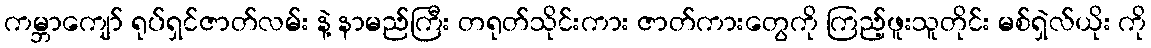
ကမ္ဘာကျော် ရုပ်ရှင်ဇာတ်လမ်း နဲ့ နာမည်ကြီး တရုတ်သိုင်းကား ဇာတ်ကားတွေကို ကြည့်ဖူးသူတိုင်း မစ်ရှဲလ်ယိုး ကို